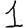
Digit: 1